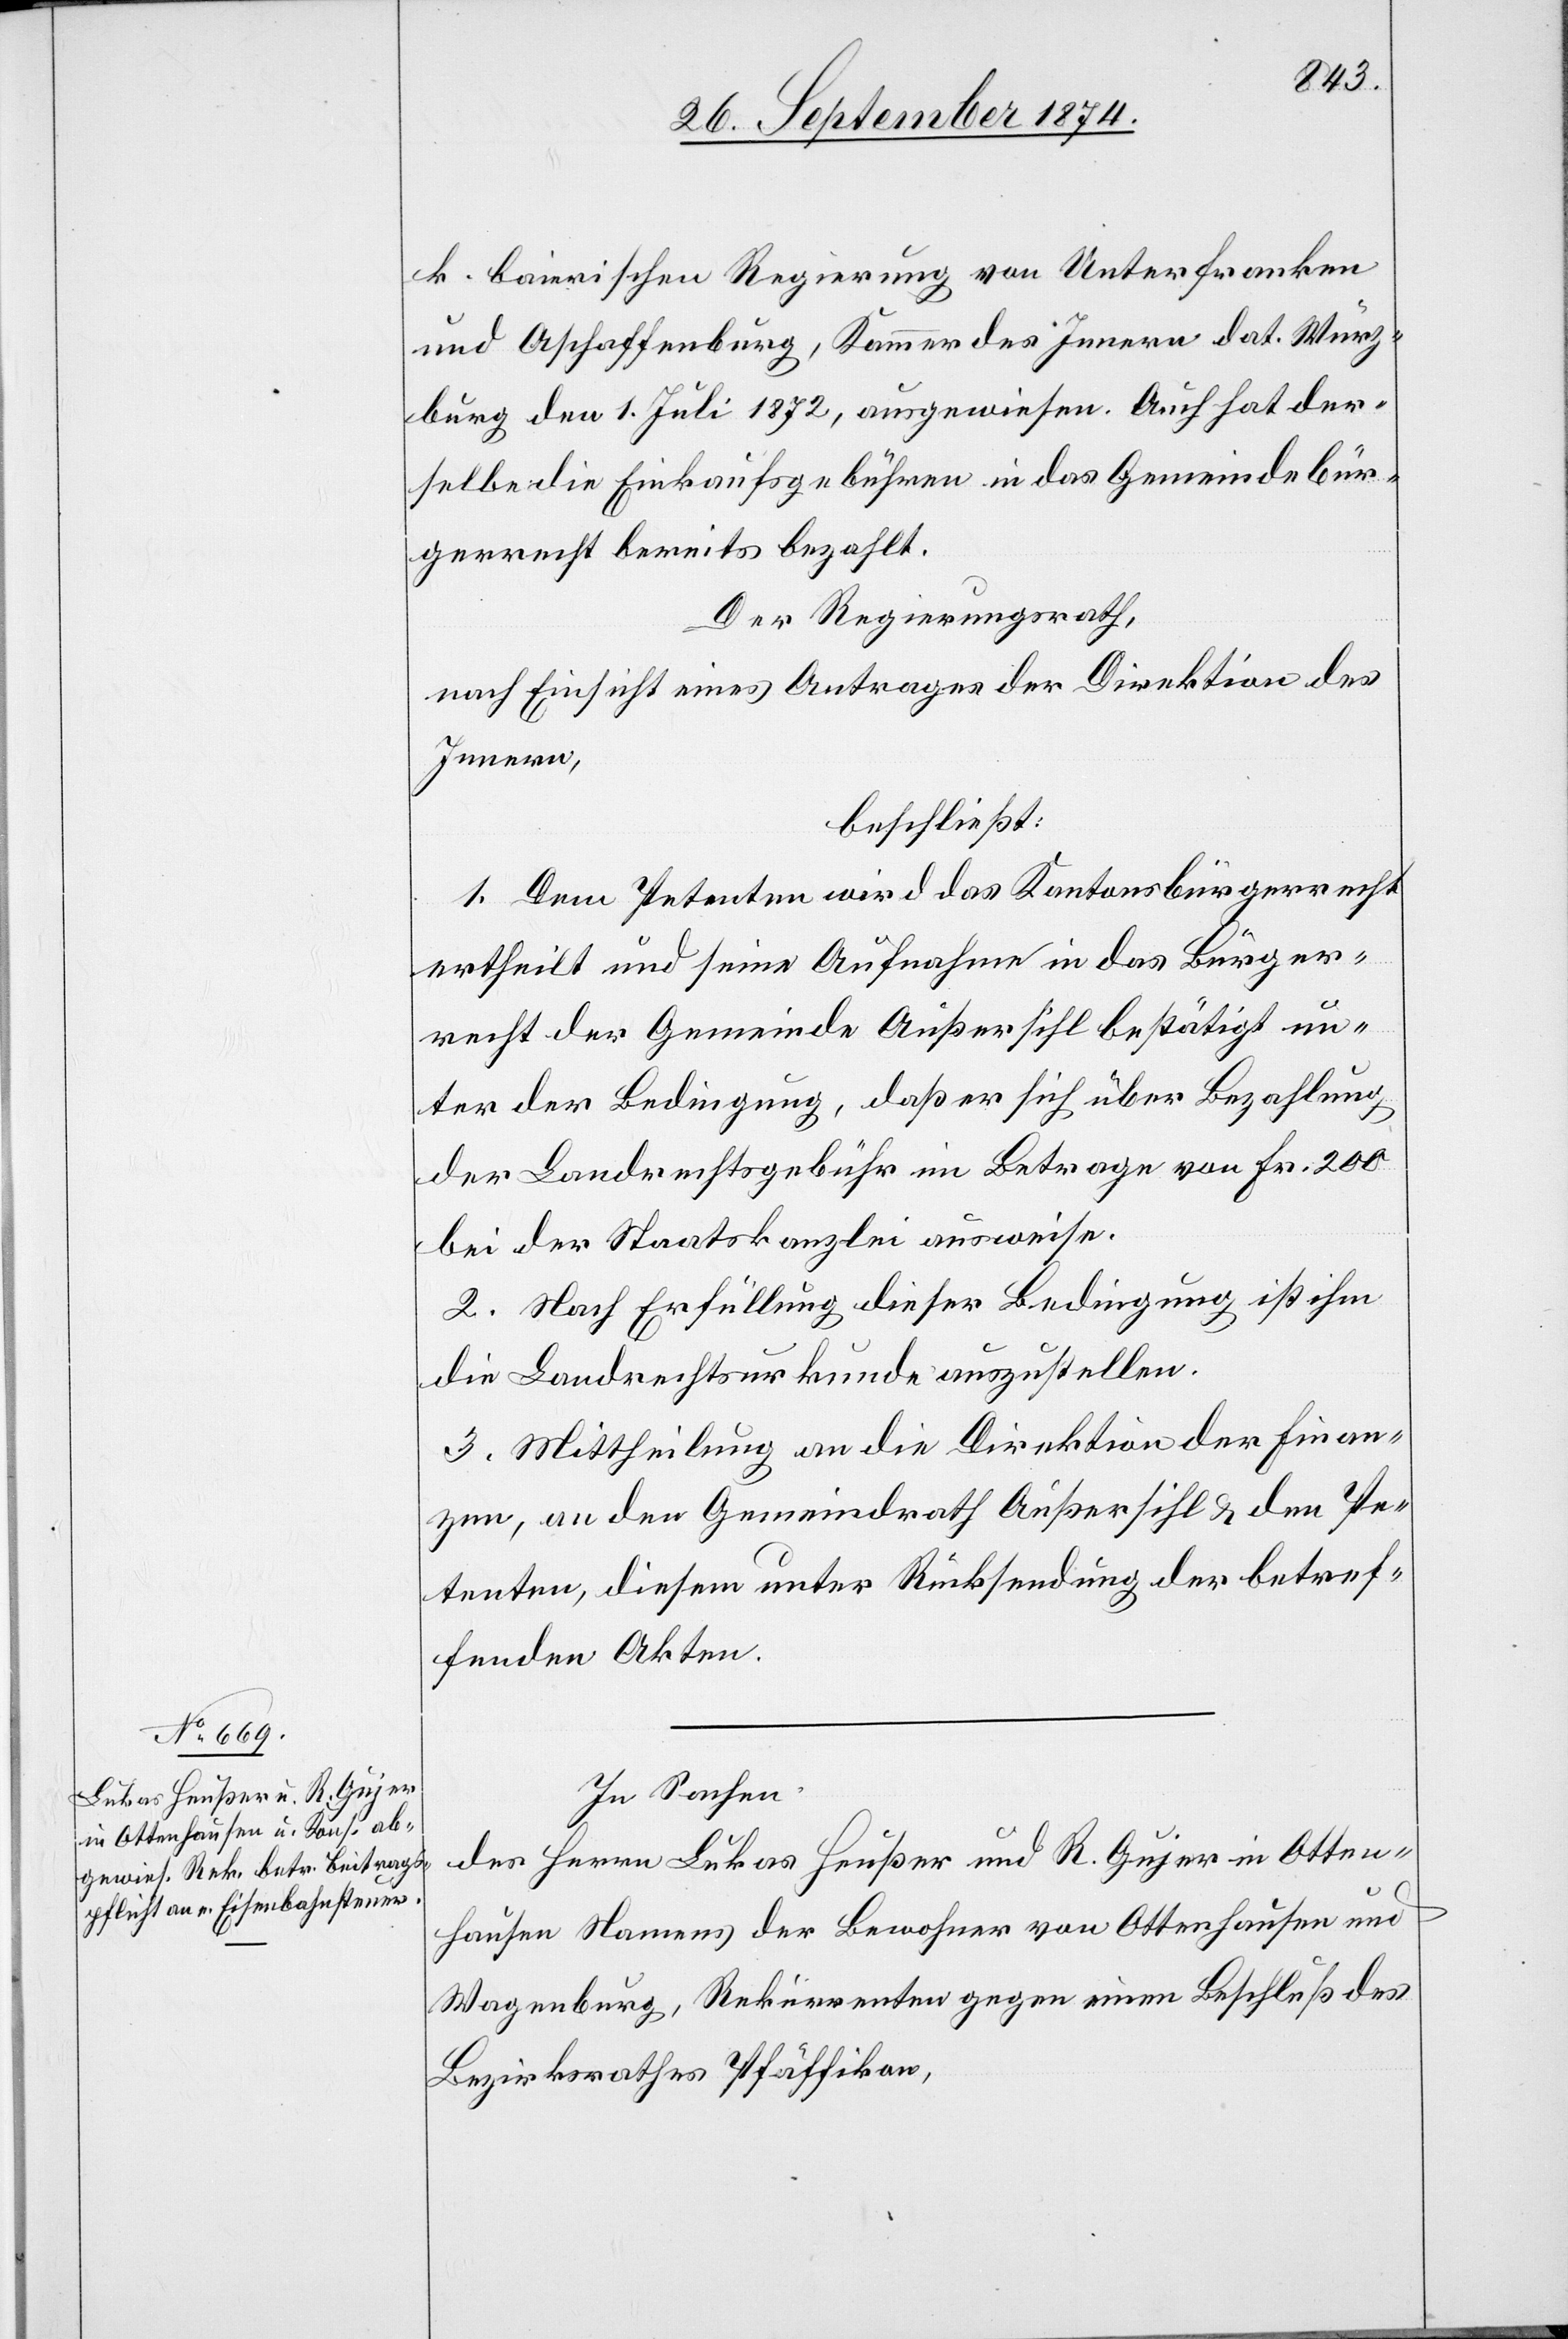
In Sachen
des Herrn Lukas Heußer und R. Gujer in Otten¬
hausen Namens der Bewohner von Ottenhausen und
Wagenburg, Rekurrenten gegen einen Beschluß des
Bezirksrathes Pfäffikon,